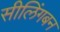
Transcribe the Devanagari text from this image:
सीलिंगबन